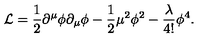
{ \cal L } = { \frac { 1 } { 2 } } \partial ^ { \mu } \phi \partial _ { \mu } \phi - { \frac { 1 } { 2 } } \mu ^ { 2 } \phi ^ { 2 } - { \frac { \lambda } { 4 ! } } \phi ^ { 4 } .